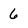
Character: 6